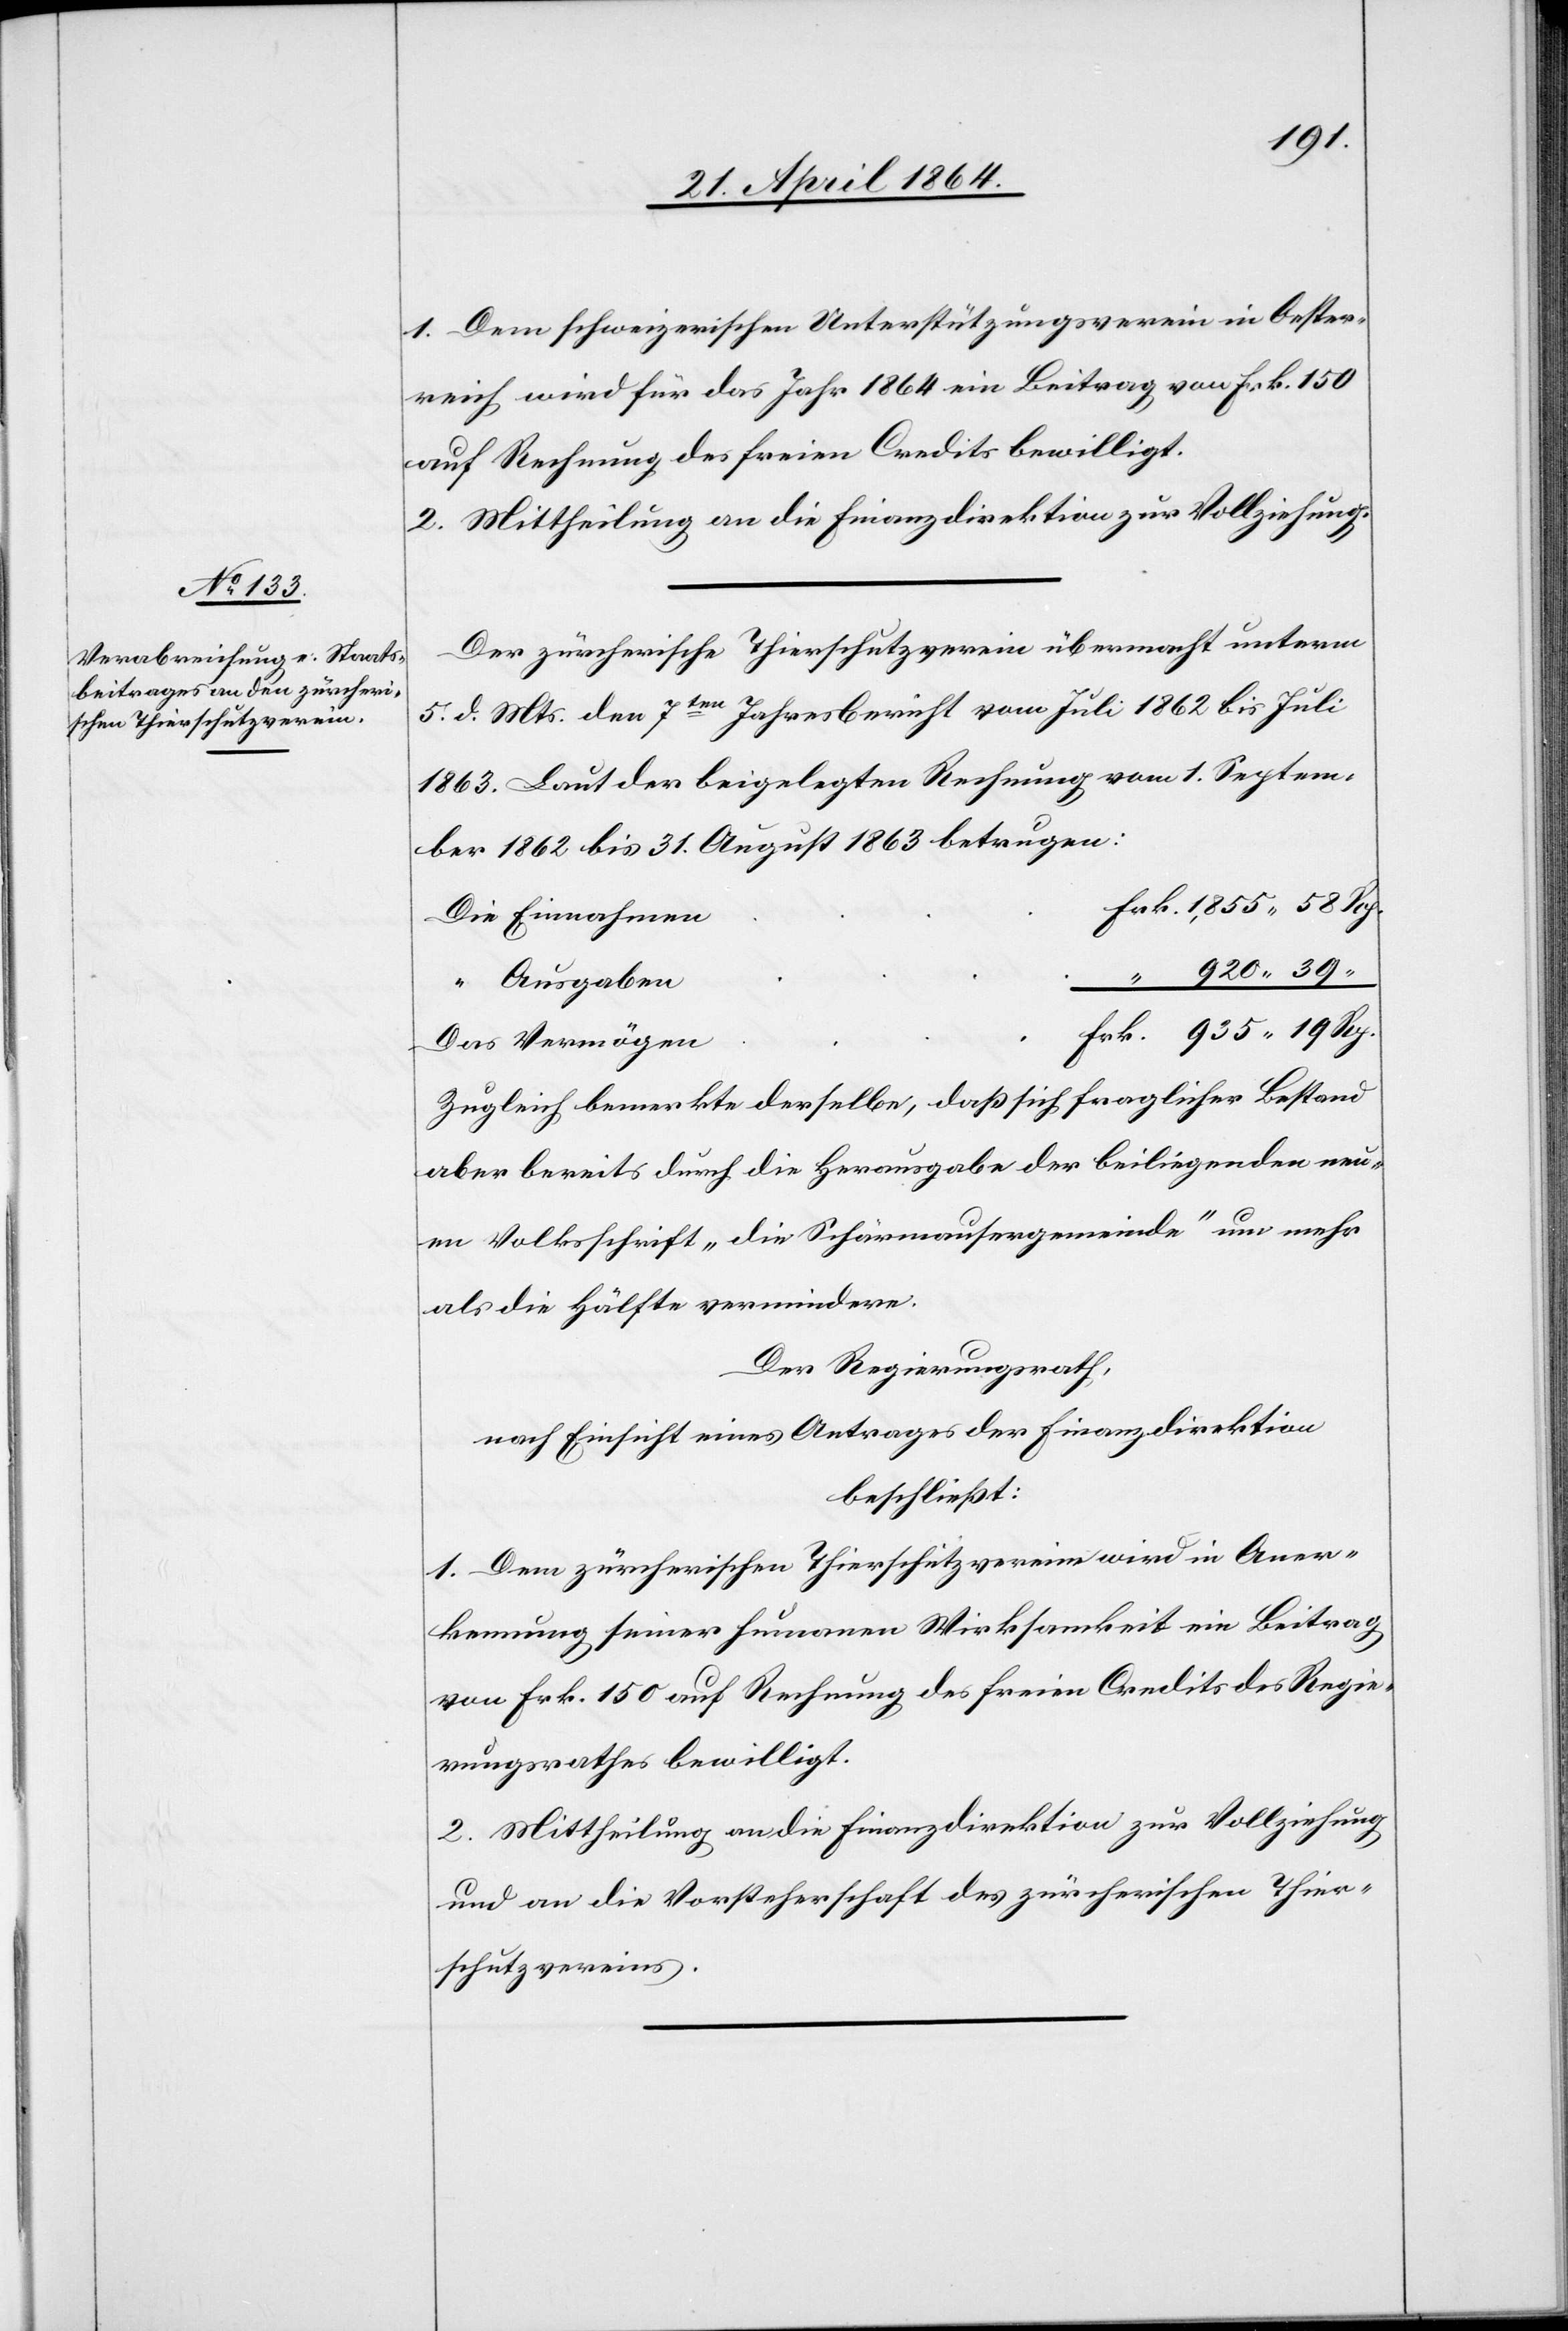
1. Dem schweizerischen Unterstützungsverein in Oester¬
reich wird für das Jahr 1864 ein Beitrag von Frk. 150
auf Rechnung des freien Credits bewilligt.
2. Mittheilung an die Finanzdirektion zur Vollziehung.
Der zürcherische Thierschutzverein übermacht unterm
5. d. Mts. den 7ten Jahresbericht vom Juli 1862 bis Juli
1863. Laut der beigelegten Rechnung vom 1. Septem¬
ber 1862 bis 31. August 1863 betrugen:
n	Frk. 1,855 58 Rp.
Die Einnahme¬
“ 920 39
“ Ausgaben
rk. 935 19 Rp.
Das Vermögen	F¬
Zugleich bemerkte derselbe, daß sich fraglicher Bestand
aber bereits durch die Herausgabe der beiliegenden neu¬
en Volksschrift „die Schärmausergemeinde“ um mehr
als die Hälfte vermindere.
Der Regierungsrath,
nach Einsicht eines Antrages der Finanzdirektion
beschließt:
1. Dem zürcherischen Thierschutzverein wird in Aner¬
kennung seiner humanen Wirksamkeit ein Beitrag
von Frk. 150 auf Rechnung des freien Credits des Regie¬
rungsrathes bewilligt.
2. Mittheilung an die Finanzdirektion zur Vollziehung
und an die Vorsteherschaft des zürcherischen Thier¬
schutzvereins.